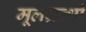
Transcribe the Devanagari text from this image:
मूलग्रन्थो